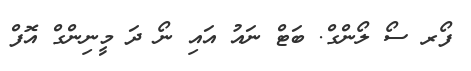
ފޯރ ސޯ ލޯންގް. ބަޓް ނައު އައި ނޯ ދަ މީނިންގް އޮފް